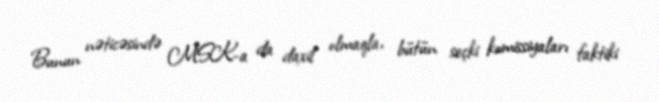
Bunun nəticəsində MSK-a da daxil olmaqla, bütün seçki komissiyaları faktiki